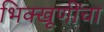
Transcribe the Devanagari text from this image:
भिक्खूणींचा